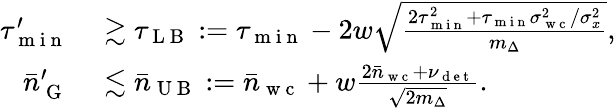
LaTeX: \begin{array}{rl}{\tau_{\mathrm{~m~i~n~}}^{\prime}}&{{}\gtrsim\tau_{\mathrm{~L~B~}}:=\tau_{\mathrm{~m~i~n~}}-2w\sqrt{\frac{2\tau_{\mathrm{~m~i~n~}}^{2}+\tau_{\mathrm{~m~i~n~}}\sigma_{\mathrm{~w~c~}}^{2}/\sigma_{x}^{2}}{m_{\Delta}}},}\\ {\bar{n}_{\mathrm{~G~}}^{\prime}}&{{}\lesssim\bar{n}_{\mathrm{~U~B~}}:=\bar{n}_{\mathrm{~w~c~}}+w\frac{2\bar{n}_{\mathrm{~w~c~}}+\nu_{\mathrm{~d~e~t~}}}{\sqrt{2m_{\Delta}}}.}\end{array}